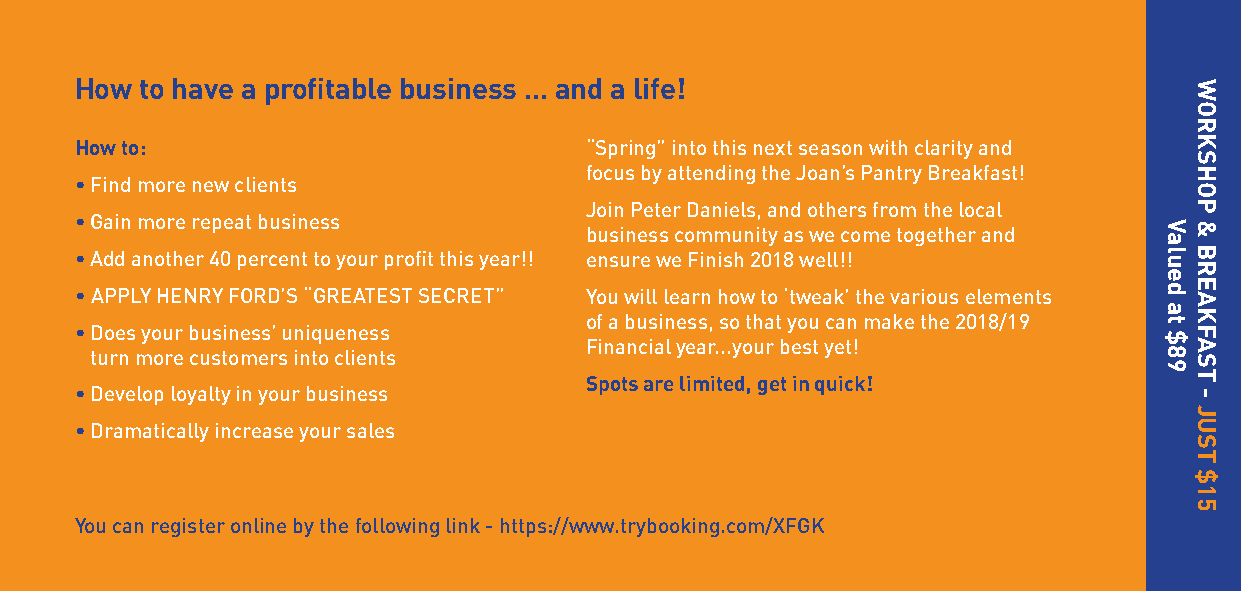
How to have a profitable business ... and a life!
 How to:                           “Spring” into this next season with clarity and
 focus by attending the Joan’s Pantry Breakfast!
 • Find more new clients
 Join Peter Daniels, and others from the local
 • Gain more repeat business       business community as we come together and
 • Add another 40 percent to your profit this year!! ensure we Finish 2018 well!!
 • APPLY HENRY FORD’S “GREATEST SECRET” You will learn how to ‘tweak’ the various elements
 of a business, so that you can make the 2018/19
 • Does your business’ uniqueness
 Financial year...your best yet!
 turn more customers into clients
 Spots are limited, get in quick!
 • Develop loyalty in your business
 • Dramatically increase your sales
 You can register online by the following link - https://www.trybooking.com/XFGK
 Valued
 at
 $89
 WORKSHOP
 &
 BREAKFAST
 -
 JUST
 $15